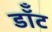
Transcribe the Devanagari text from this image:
डॉँट